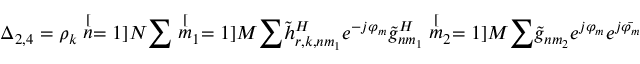
\Delta _ { 2 , 4 } = \rho _ { k } \stackrel [ n = 1 ] { N } { \sum } \stackrel [ m _ { 1 } = 1 ] { M } { \sum } \tilde { h } _ { r , k , n m _ { 1 } } ^ { H } e ^ { - j \varphi _ { m } } \tilde { g } _ { n m _ { 1 } } ^ { H } \stackrel [ m _ { 2 } = 1 ] { M } { \sum } \tilde { g } _ { n m _ { 2 } } e ^ { j \varphi _ { m } } e ^ { j \bar { \varphi _ { m } } }